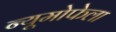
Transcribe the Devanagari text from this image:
न्यूमोफेला